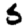
Digit: 5